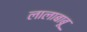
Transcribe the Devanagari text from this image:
लालाबाबू